Vaccination in Bombay 1869-1873 - 1869-1873
Year: 1869
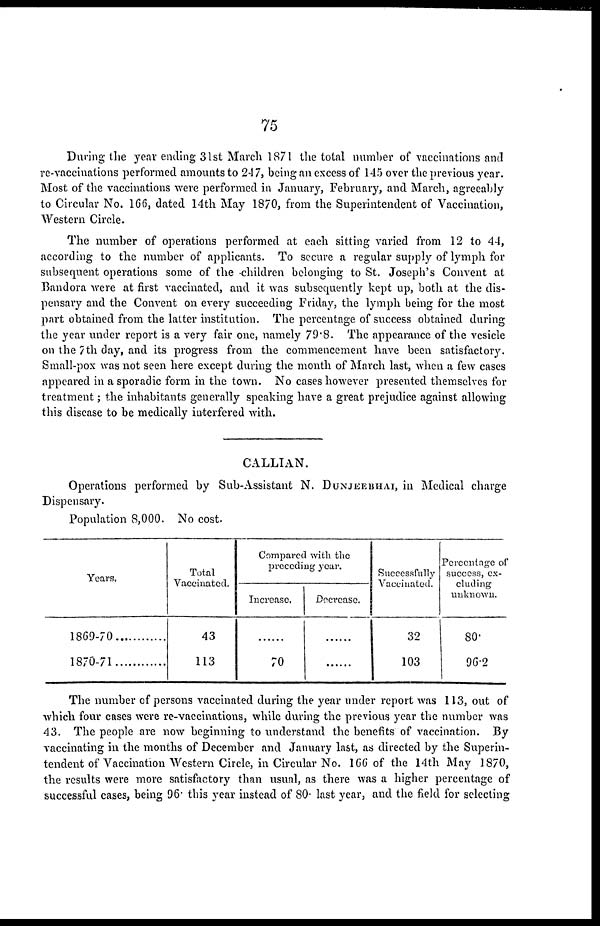
75
During the year ending 31st March 1871 the total number of vaccinations and
re-vaccinations performed amounts to 247, being an excess of 145 over the previous year.
Most of the vaccinations were performed in January, February, and March, agreeably
to Circular No. 166, dated 14th May 1870, from the Superintendent of Vaccination,
Western Circle.
The number of operations performed at each sitting varied from 12 to 44,
according to the number of applicants. To secure a regular supply of lymph for
subsequent operations some of the children belonging to St. Joseph's Convent at
Bandora were at first vaccinated, and it was subsequently kept up, both at the dis-
pensary and the Convent on every succeeding Friday, the lymph being for the most
part obtained from the latter institution. The percentage of success obtained during
the year under report is a very fair one, namely 79.8. The appearance of the vesicle
on the 7 th day, and its progress from the commencement have been satisfactory.
Small-pox was not seen here except during the month of March last, when a few cases
appeared in a sporadic form in the town. No cases however presented themselves for
treatment; the inhabitants generally speaking have a great prejudice against allowing
this disease to be medically interfered with.
CALLIAN.
Operations performed by Sub-Assistant N. DUNJEEBHAI, in Medical charge
Dispensary.
Population 8,000. No cost.
Years.
1869-70
1870-71
Total
Vaccinated.
43
113
Compared with the
preceding year.
Increase.
......
70
Decrease.
......
......
Successfully
Vaccinated.
32
103
Percentage of
success, ex-
cluding
unknown.
80.
96.2
The number of persons vaccinated during the year under report was 113, out of
which four cases were re-vaccinations, while during the previous year the number was
43. The people are now beginning to understand the benefits of vaccination. By
vaccinating in the months of December and January last, as directed by the Superin-
tendent of Vaccination Western Circle, in Circular No. 166 of the 14th May 1870,
the results were more satisfactory than usual, as there was a higher percentage of
successful cases, being 96. this year instead of 80. last year, and the field for selecting